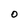
Character: O